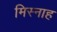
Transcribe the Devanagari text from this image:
मिस्नाह